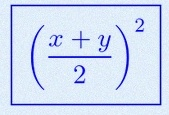
\left(\frac{x+y}{2}\right)^2